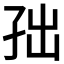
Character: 𱙹